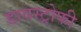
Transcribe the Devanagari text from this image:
डायस्ट्रोफी